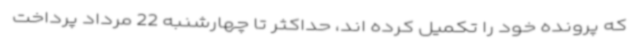
که پرونده خود را تکمیل کرده اند، حداکثر تا چهارشنبه 22 مرداد پرداخت